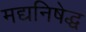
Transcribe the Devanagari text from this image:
मद्यनिषेद्ध